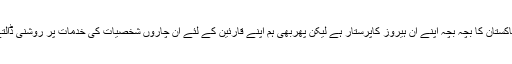
یوں توپاکستان کا بچہ بچہ اپنے ان ہیروز کاپرستار ہے لیکن پھربھی ہم اپنے قارئین کے لئے ان چاروں شخصیات کی خدمات پر روشنی ڈالتے ہیں ۔